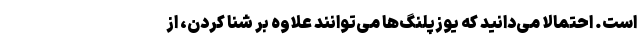
است. احتمالا می‌دانید که یوزپلنگ‌ها می‌توانند علاوه بر شنا کردن، از